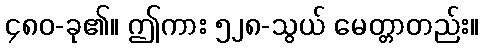
၄၈၀-ခု၏။ ဤကား ၅၂၈-သွယ် မေတ္တာတည်း။